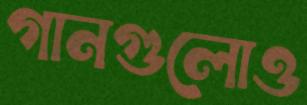
গানগুলোও